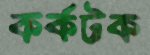
কর্কটক